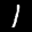
Label: 1